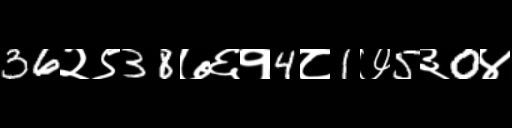
Text: 36२९38७६१4८1७5३0४